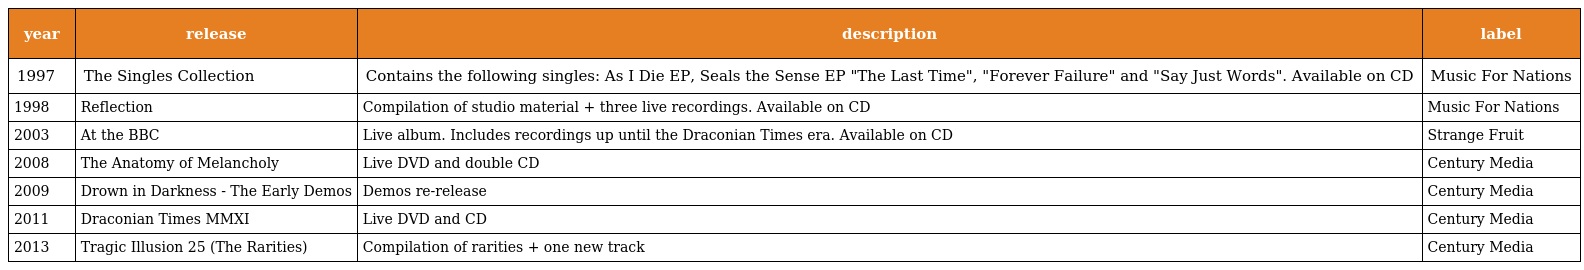
| year | release | description | label |
 | --- | --- | --- | --- |
 | 1997 | The Singles Collection | Contains the following singles: As I Die EP, Seals the Sense EP "The Last Time", "Forever Failure" and "Say Just Words". Available on CD | Music For Nations |
 | 1998 | Reflection | Compilation of studio material + three live recordings. Available on CD | Music For Nations |
 | 2003 | At the BBC | Live album. Includes recordings up until the Draconian Times era. Available on CD | Strange Fruit |
 | 2008 | The Anatomy of Melancholy | Live DVD and double CD | Century Media |
 | 2009 | Drown in Darkness - The Early Demos | Demos re-release | Century Media |
 | 2011 | Draconian Times MMXI | Live DVD and CD | Century Media |
 | 2013 | Tragic Illusion 25 (The Rarities) | Compilation of rarities + one new track | Century Media |